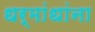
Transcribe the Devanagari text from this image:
धर्मांधांना